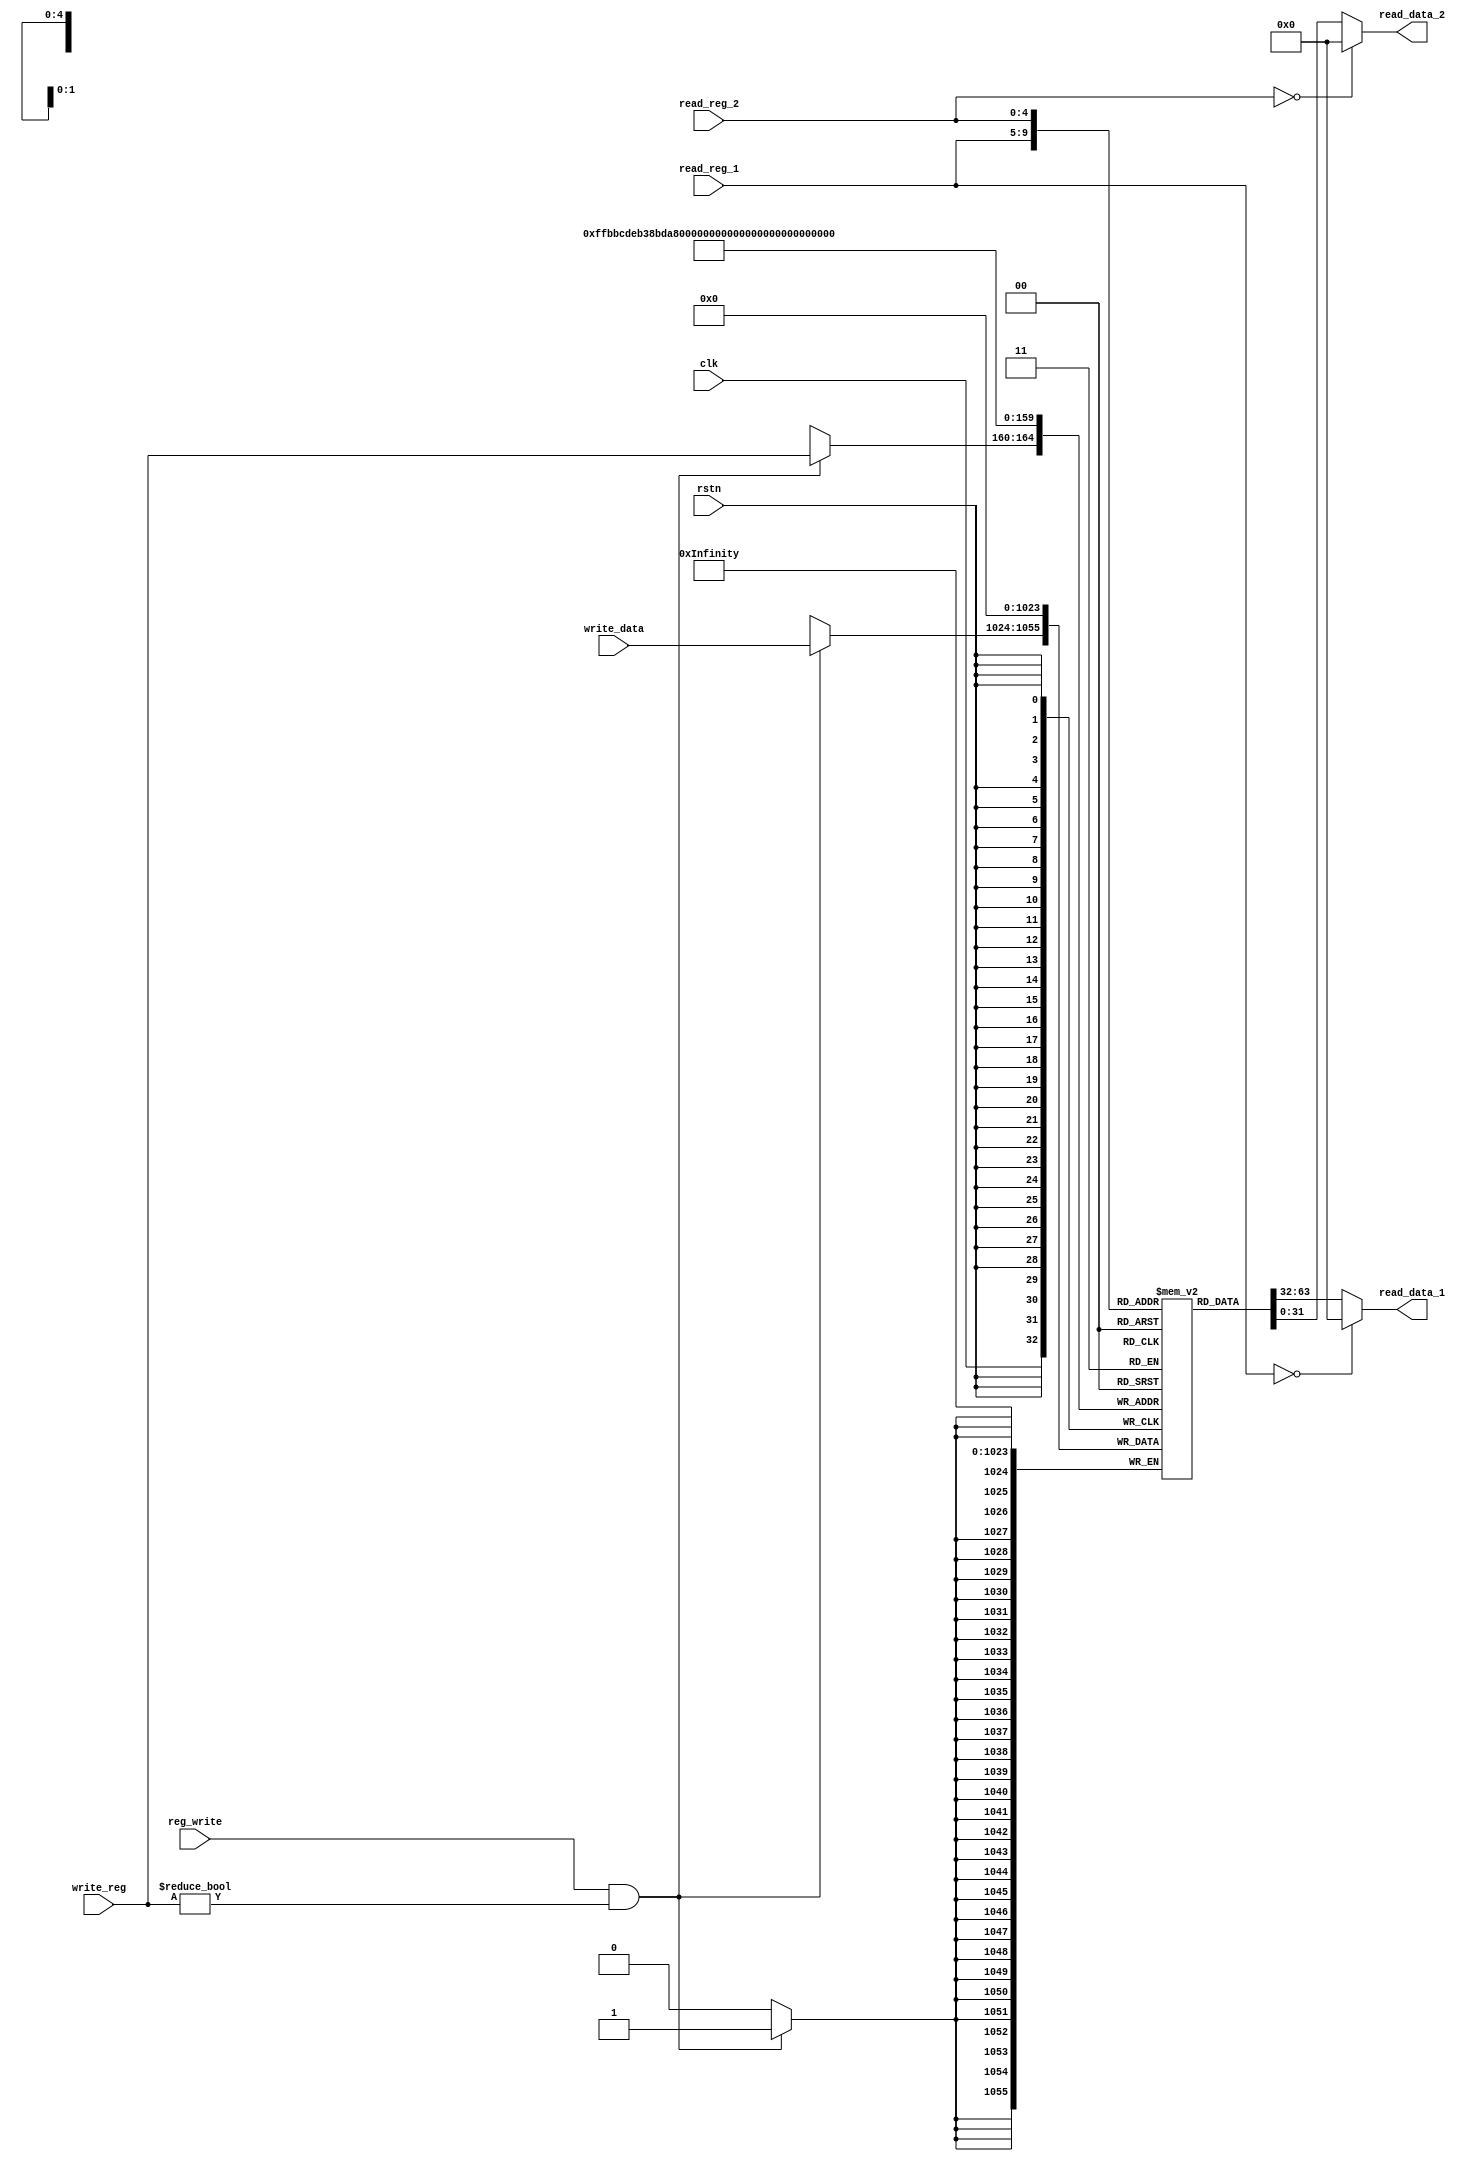
`timescale 1ns / 1ps
// <your student id>

/* checkout FIGURE 4.7 */
// module reg_file (
//     input         clk,          // clock
//     input         rstn,         // negative reset
//     input  [ 4:0] read_reg_1,   // Read Register 1 (address)
//     input  [ 4:0] read_reg_2,   // Read Register 2 (address)
//     input         reg_write,    // RegWrite: write data when posedge clk
//     input  [ 4:0] write_reg,    // Write Register (address)
//     input  [31:0] write_data,   // Write Data
//     output [31:0] read_data_1,  // Read Data 1
//     output [31:0] read_data_2   // Read Data 2
// );

//     /* [step 1] How many bits per register? How many registers does MIPS have? */
//     reg [31:0] registers[0:31];  // do not change its name

//     /* [step 2] Read Registers */
//     /* Remember to check whether register number is zero */
//     assign read_data_1 = (read_reg_1 == 0) ? 32'h0 : registers[read_reg_1];
//     assign read_data_2 = (read_reg_2 == 0) ? 32'h0 : registers[read_reg_2];

//     /** Sequential Logic
//      * `posedge clk` means that this block will execute when clk changes from 0 to 1 (positive edge trigger).
//      * `negedge rstn` vice versa.
//      * https://www.chipverify.com/verilog/verilog-always-block
//      */
//     /* [step 3] Write Registers */
//     always @(posedge clk)
//         if (rstn) begin  // make sure to check reset!
//             if (reg_write) begin
//                 if (write_reg != 0) begin  // make sure to check register number!
//                     registers[write_reg] <= write_data;
//                 end
//             end
//         end

//     integer i;
//     /* [step 4] Reset Registers (wordy in Verilog, how about System Verilog?) */
//     always @(negedge rstn) begin
//         if (~rstn) begin
//             for (i = 0; i < 32; i = i + 1) begin
//                 registers[i] <= 32'h0;
//             end
//         end
//     end

// endmodule

module reg_file (
    input         clk,          // clock
    input         rstn,         // negative reset
    input  [ 4:0] read_reg_1,   // Read Register 1 (address)
    input  [ 4:0] read_reg_2,   // Read Register 2 (address)
    input         reg_write,    // RegWrite: write data when posedge clk
    input  [ 4:0] write_reg,    // Write Register (address)
    input  [31:0] write_data,   // Write Data
    output [31:0] read_data_1,  // Read Data 1
    output [31:0] read_data_2   // Read Data 2
);

    /* [step 1] How many bits per register? How many registers does MIPS have? */
    reg [31:0] registers[0:31];  // do not change its name

    /* [step 2] Read Registers */
    /* Remember to check whether register number is zero */
    assign read_data_1 =(read_reg_1 == 5'b00000) ? 32'h00000000 : registers[read_reg_1];
    assign read_data_2 =(read_reg_2 == 5'b00000) ? 32'h00000000 : registers[read_reg_2];

    /** Sequential Logic
     * `posedge clk` means that this block will execute when clk changes from 0 to 1 (positive edge trigger).
     * `negedge rstn` vice versa.
     * https://www.chipverify.com/verilog/verilog-always-block
     */
    /* [step 3] Write Registers */
   always @(posedge clk) begin
    if (reg_write && write_reg != 5'b00000) begin // Also ensure we do not write to register 0
        registers[write_reg] <= write_data;
    end
    end

    integer i;
    /* [step 4] Reset Registers (wordy in Verilog, how about System Verilog?) */
    always @(negedge rstn) begin
        for (i = 0; i < 32; i = i + 1) begin
            registers[i] <= 0;
        end
    end
    
endmodule